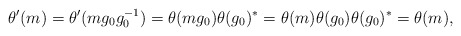
\begin{align*}\theta'(m)=\theta'(mg_0g_0^{-1})=\theta(mg_0)\theta(g_0)^*=\theta(m)\theta(g_0)\theta(g_0)^*=\theta(m),\end{align*}